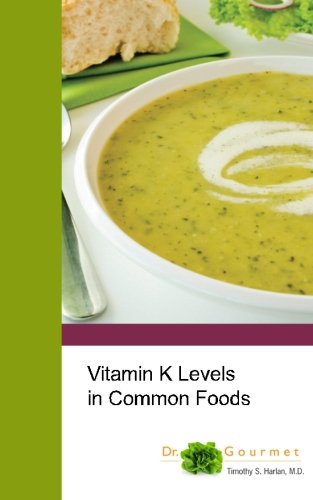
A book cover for Vitamin K Levels in Common Foods; Timothy S. Harlan M.D.; Health, Fitness & Dieting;